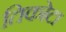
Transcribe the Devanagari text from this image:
तिकोटा